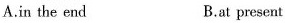
A.in the end B.at present